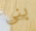
بنى